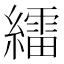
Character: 𦆙